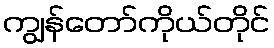
ကျွန်တော်ကိုယ်တိုင်